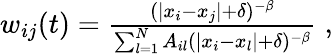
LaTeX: \begin{array}{r}{w_{ij}(t)=\frac{(|x_{i}-x_{j}|+\delta)^{-\beta}}{\sum_{l=1}^{N}A_{il}(|x_{i}-x_{l}|+\delta)^{-\beta}}\; ,}\end{array}